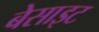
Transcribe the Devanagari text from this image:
बेसाइट